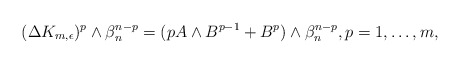
\begin{align*} ( \Delta K_{m,\epsilon})^p\wedge\beta_n^{n-p}=(pA\wedge B^{p-1}+B^p)\wedge\beta_n^{n-p},p= 1,\ldots,m, \end{align*}